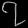
Digit: ၇